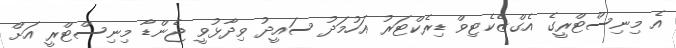
އެ މިނިސްޓްރީގެ އެގްޒެކެޓިވް ޑިރެކްޓަރު އަހުމަދު ސައީދު ވިދާޅުވީ ޖެންޑާ މިނިސްޓްރީ އަށް